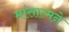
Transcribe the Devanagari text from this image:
मांसात्मने